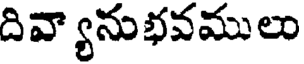
దివ్యానుభవములు